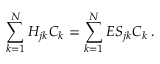
\sum _ { k = 1 } ^ { N } H _ { j k } C _ { k } = \sum _ { k = 1 } ^ { N } E S _ { j k } C _ { k } \, .